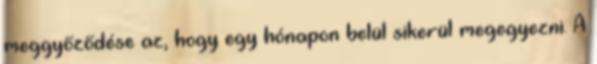
meggyőződése az, hogy egy hónapon belül sikerül megegyezni. A